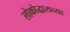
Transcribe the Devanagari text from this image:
लोकोद्धाराच्या